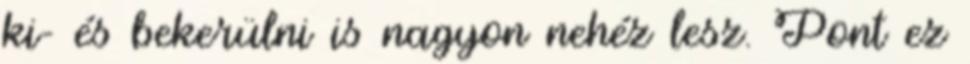
ki- és bekerülni is nagyon nehéz lesz. Pont ez